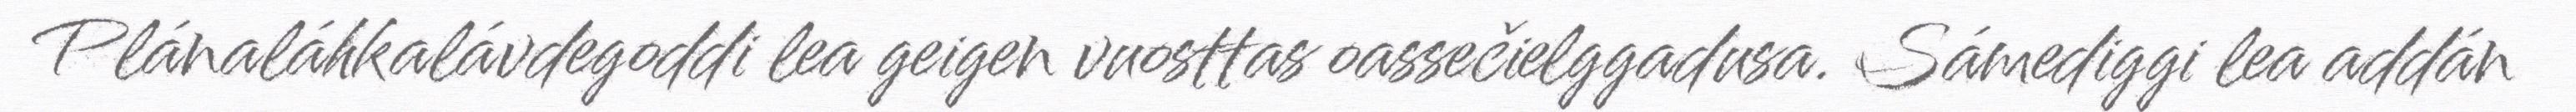
Plánaláhkalávdegoddi lea geigen vuosttas oassečielggadusa. Sámediggi lea addán